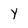
Character: y